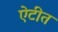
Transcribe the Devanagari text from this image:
ऐटीत